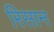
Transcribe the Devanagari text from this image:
रिसान